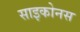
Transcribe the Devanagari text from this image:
साइकोनस